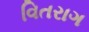
વિતરાગ